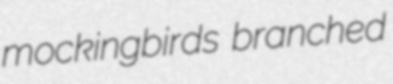
mockingbirds branched